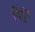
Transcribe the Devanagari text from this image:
चियुंग